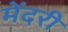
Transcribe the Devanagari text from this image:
मेंदरी